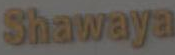
Shawaya